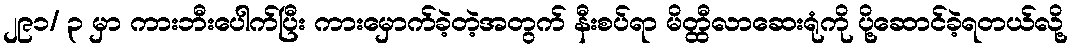
၂၉၁/ ၃ မှာ ကားဘီးပေါက်ပြီး ကားမှောက်ခဲ့တဲ့အတွက် နီးစပ်ရာ မိတ္ထီလာဆေးရုံကို ပို့ဆောင်ခဲ့ရတယ်လို့